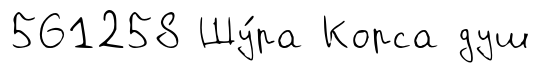
561258 Шу́ра Корса душ